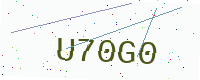
Text: U70G0